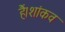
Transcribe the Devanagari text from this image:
हैं।शांकव